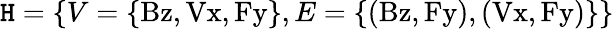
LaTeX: \mathtt{H}=\{ V=\{ \mathrm{{Bz,Vx,Fy}}\} ,E=\{ \mathrm{{(Bz,Fy),(Vx,Fy)}}\} \}